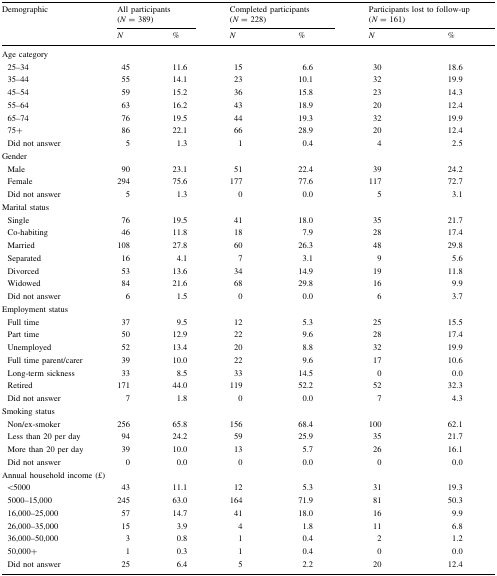
<table><thead><tr><td rowspan="2"><b>Demographic</b></td><td colspan="2"><b>All participants (<i>N</i> = 389)</b></td><td colspan="2"><b>Completed participants (<i>N</i> = 228)</b></td><td colspan="2"><b>Participants lost to follow-up (<i>N</i> = 161)</b></td></tr><tr><td><b><i>N</i></b></td><td><b>%</b></td><td><b><i>N</i></b></td><td><b>%</b></td><td><b><i>N</i></b></td><td><b>%</b></td></tr></thead><tbody><tr><td colspan="7">Age category</td></tr><tr><td> 25–34</td><td>45</td><td>11.6</td><td>15</td><td>6.6</td><td>30</td><td>18.6</td></tr><tr><td> 35–44</td><td>55</td><td>14.1</td><td>23</td><td>10.1</td><td>32</td><td>19.9</td></tr><tr><td> 45–54</td><td>59</td><td>15.2</td><td>36</td><td>15.8</td><td>23</td><td>14.3</td></tr><tr><td> 55–64</td><td>63</td><td>16.2</td><td>43</td><td>18.9</td><td>20</td><td>12.4</td></tr><tr><td> 65–74</td><td>76</td><td>19.5</td><td>44</td><td>19.3</td><td>32</td><td>19.9</td></tr><tr><td> 75+</td><td>86</td><td>22.1</td><td>66</td><td>28.9</td><td>20</td><td>12.4</td></tr><tr><td> Did not answer</td><td>5</td><td>1.3</td><td>1</td><td>0.4</td><td>4</td><td>2.5</td></tr><tr><td colspan="7">Gender</td></tr><tr><td> Male</td><td>90</td><td>23.1</td><td>51</td><td>22.4</td><td>39</td><td>24.2</td></tr><tr><td> Female</td><td>294</td><td>75.6</td><td>177</td><td>77.6</td><td>117</td><td>72.7</td></tr><tr><td> Did not answer</td><td>5</td><td>1.3</td><td>0</td><td>0.0</td><td>5</td><td>3.1</td></tr><tr><td colspan="7">Marital status</td></tr><tr><td> Single</td><td>76</td><td>19.5</td><td>41</td><td>18.0</td><td>35</td><td>21.7</td></tr><tr><td> Co-habiting</td><td>46</td><td>11.8</td><td>18</td><td>7.9</td><td>28</td><td>17.4</td></tr><tr><td> Married</td><td>108</td><td>27.8</td><td>60</td><td>26.3</td><td>48</td><td>29.8</td></tr><tr><td> Separated</td><td>16</td><td>4.1</td><td>7</td><td>3.1</td><td>9</td><td>5.6</td></tr><tr><td> Divorced</td><td>53</td><td>13.6</td><td>34</td><td>14.9</td><td>19</td><td>11.8</td></tr><tr><td> Widowed</td><td>84</td><td>21.6</td><td>68</td><td>29.8</td><td>16</td><td>9.9</td></tr><tr><td> Did not answer</td><td>6</td><td>1.5</td><td>0</td><td>0.0</td><td>6</td><td>3.7</td></tr><tr><td colspan="7">Employment status</td></tr><tr><td> Full time</td><td>37</td><td>9.5</td><td>12</td><td>5.3</td><td>25</td><td>15.5</td></tr><tr><td> Part time</td><td>50</td><td>12.9</td><td>22</td><td>9.6</td><td>28</td><td>17.4</td></tr><tr><td> Unemployed</td><td>52</td><td>13.4</td><td>20</td><td>8.8</td><td>32</td><td>19.9</td></tr><tr><td> Full time parent/carer</td><td>39</td><td>10.0</td><td>22</td><td>9.6</td><td>17</td><td>10.6</td></tr><tr><td> Long-term sickness</td><td>33</td><td>8.5</td><td>33</td><td>14.5</td><td>0</td><td>0.0</td></tr><tr><td> Retired</td><td>171</td><td>44.0</td><td>119</td><td>52.2</td><td>52</td><td>32.3</td></tr><tr><td> Did not answer</td><td>7</td><td>1.8</td><td>0</td><td>0.0</td><td>7</td><td>4.3</td></tr><tr><td colspan="7">Smoking status</td></tr><tr><td> Non/ex-smoker</td><td>256</td><td>65.8</td><td>156</td><td>68.4</td><td>100</td><td>62.1</td></tr><tr><td> Less than 20 per day</td><td>94</td><td>24.2</td><td>59</td><td>25.9</td><td>35</td><td>21.7</td></tr><tr><td> More than 20 per day</td><td>39</td><td>10.0</td><td>13</td><td>5.7</td><td>26</td><td>16.1</td></tr><tr><td> Did not answer</td><td>0</td><td>0.0</td><td>0</td><td>0.0</td><td>0</td><td>0.0</td></tr><tr><td colspan="7">Annual household income (£)</td></tr><tr><td> &lt;5000</td><td>43</td><td>11.1</td><td>12</td><td>5.3</td><td>31</td><td>19.3</td></tr><tr><td> 5000–15,000</td><td>245</td><td>63.0</td><td>164</td><td>71.9</td><td>81</td><td>50.3</td></tr><tr><td> 16,000–25,000</td><td>57</td><td>14.7</td><td>41</td><td>18.0</td><td>16</td><td>9.9</td></tr><tr><td> 26,000–35,000</td><td>15</td><td>3.9</td><td>4</td><td>1.8</td><td>11</td><td>6.8</td></tr><tr><td> 36,000–50,000</td><td>3</td><td>0.8</td><td>1</td><td>0.4</td><td>2</td><td>1.2</td></tr><tr><td> 50,000+</td><td>1</td><td>0.3</td><td>1</td><td>0.4</td><td>0</td><td>0.0</td></tr><tr><td> Did not answer</td><td>25</td><td>6.4</td><td>5</td><td>2.2</td><td>20</td><td>12.4</td></tr></tbody></table>